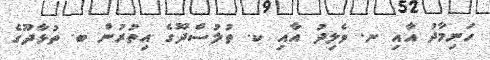
ހަނިމާދު އާއި ނ. ވެލިދު އާއި ކ. ތުލުސްދޫގެ އިތުރުން ބ. ތުޅާދޫގެ